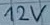
Text: 12V